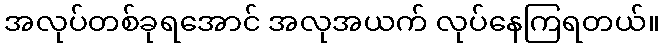
အလုပ်တစ်ခုရအောင် အလုအယက် လုပ်နေကြရတယ်။